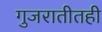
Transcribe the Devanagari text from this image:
गुजरातीतही